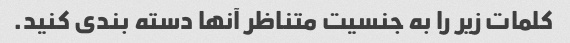
کلمات زیر را به جنسیت متناظر آنها دسته بندی کنید.